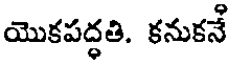
యొకపద్ధతి. కనుకనే